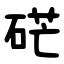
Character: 硭